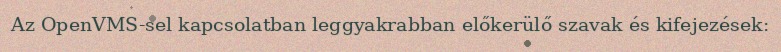
Az OpenVMS-sel kapcsolatban leggyakrabban előkerülő szavak és kifejezések: